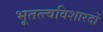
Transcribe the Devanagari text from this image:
भूतत्त्वविशारदों